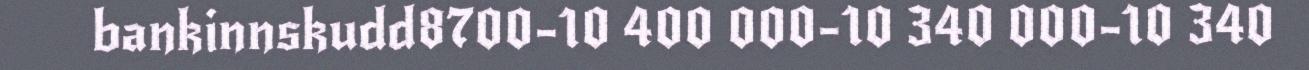
bankinnskudd8700-10 400 000-10 340 000-10 340